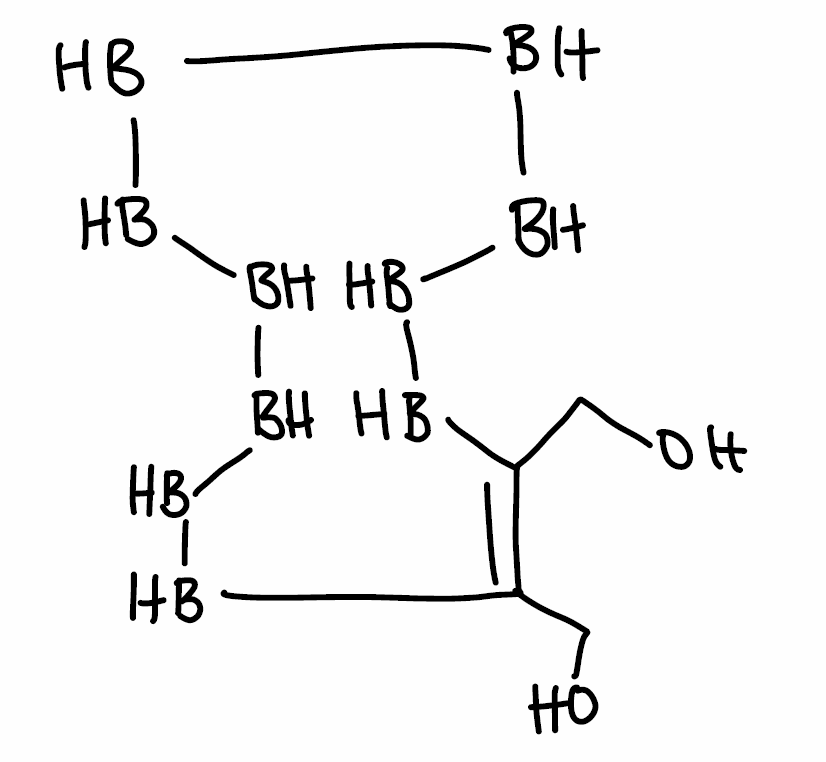
Simplified molecular-input line-entry system (SMILES) notation of the given molecule:
B1BBBBBC(=C(BBBB1)CO)CO